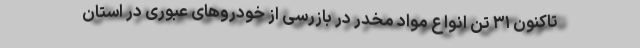
تاکنون ۳۱ تن انواع مواد مخدر در بازرسی از خودروهای عبوری در استان